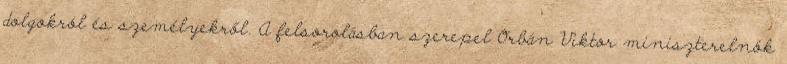
dolgokról és személyekről. A felsorolásban szerepel Orbán Viktor miniszterelnök